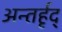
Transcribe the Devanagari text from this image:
अन्तर्हृद्‍